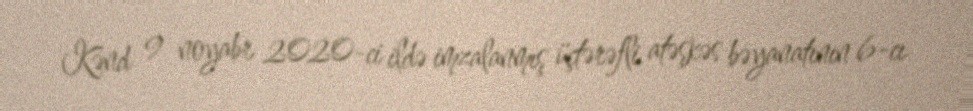
Kənd 9 noyabr 2020-ci ildə imzalanmış üçtərəfli atəşkəs bəyanatının 6-cı